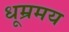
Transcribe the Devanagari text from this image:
धूम्रमय